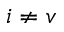
i \neq v